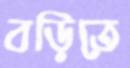
বড়িতে